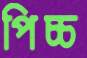
পিচ্চ